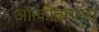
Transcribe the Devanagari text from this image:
ऑन्कोवायरस